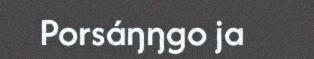
Porsáŋŋgo ja